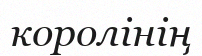
королінің